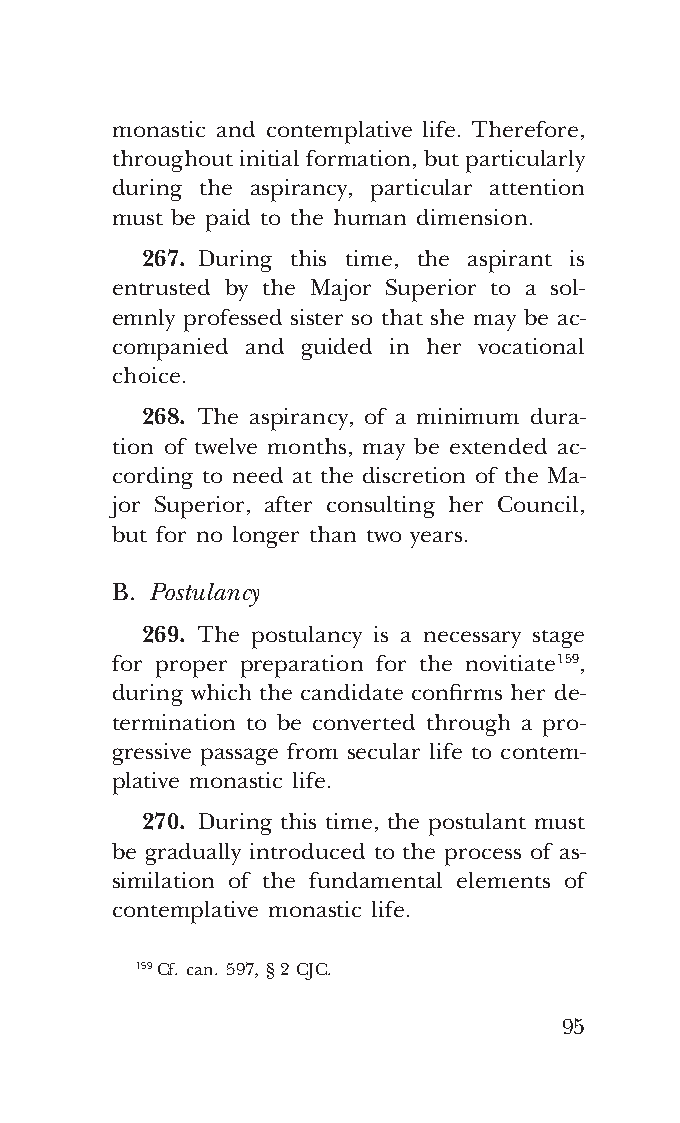
COR ORANS – NUOVO FORMATO – INGLESE 2ª BOZZA – 24 maggio 2018 – 11:12
 monastic and contemplative life. Therefore,
 throughout initial formation, but particularly
 during the aspirancy, particular attention
 must be paid to the human dimension.
 267. During this time, the aspirant is
 entrusted by the Major Superior to a sol-
 emnly professed sister so that she may be ac-
 companied and guided in her vocational
 choice.
 268. The aspirancy, of a minimum dura-
 tion of twelve months, may be extended ac-
 cording to need at the discretion of the Ma-
 jor Superior, after consulting her Council,
 but for no longer than two years.
 B. Postulancy
 269. The postulancy is a necessary stage
 for proper preparation for the novitiate 159,
 during which the candidate confirms her de-
 termination to be converted through a pro-
 gressive passage from secular life to contem-
 plative monastic life.
 270. During this time, the postulant must
 be gradually introduced to the process of as-
 similation of the fundamental elements of
 contemplative monastic life.
 159 Cf. can. 597, § 2 CJC.
 95